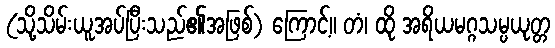
(သို့သိမ်းယူအပ်ပြီးသည်၏အဖြစ်) ကြောင့်။ တံ၊ ထို အရိယမဂ္ဂသမ္ပယုတ္တ